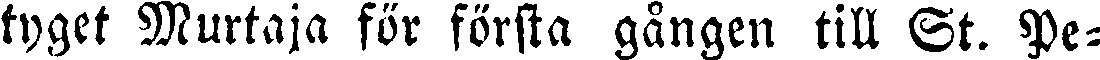
tyget Murtaja för första gången till St. Pe-